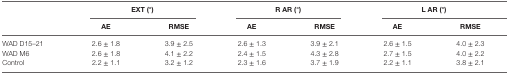
<table><thead><tr><td rowspan="2"></td><td colspan="2"><b>EXT (°)</b></td><td colspan="2"><b>R AR (°)</b></td><td colspan="2"><b>L AR (°)</b></td></tr><tr><td><b>AE</b></td><td><b>RMSE</b></td><td><b>AE</b></td><td><b>RMSE</b></td><td><b>AE</b></td><td><b>RMSE</b></td></tr></thead><tbody><tr><td>WAD D15–21</td><td>2.6 ± 1.8</td><td>3.9 ± 2.5</td><td>2.6 ± 1.3</td><td>3.9 ± 2.1</td><td>2.6 ± 1.5</td><td>4.0 ± 2.3</td></tr><tr><td>WAD M6</td><td>2.6 ± 1.8</td><td>4.1 ± 2.2</td><td>2.4 ± 1.5</td><td>4.3 ± 2.8</td><td>2.7 ± 1.5</td><td>4.0 ± 2.2</td></tr><tr><td>Control</td><td>2.2 ± 1.1</td><td>3.2 ± 1.2</td><td>2.3 ± 1.6</td><td>3.7 ± 1.9</td><td>2.2 ± 1.1</td><td>3.8 ± 2.1</td></tr></tbody></table>